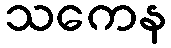
သကေန